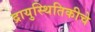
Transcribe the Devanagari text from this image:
द्रायुस्थितिकीचे